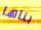
بناها